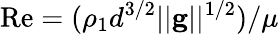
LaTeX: \mathrm{Re}=(\rho_{1}d^{3/2}||\textbf{g}||^{1/2})/\mu